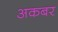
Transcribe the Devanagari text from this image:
अकबर